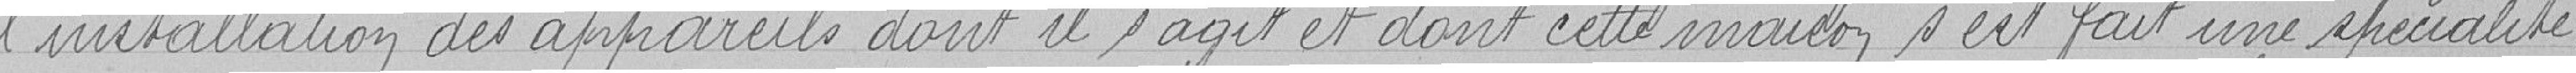
l'installation des appareils dont il s'agit et dont les mains s'est fait une spécialité.